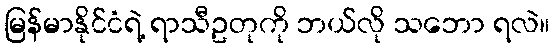
မြန်မာနိုင်ငံရဲ့ ရာသီဥတုကို ဘယ်လို သဘော ရလဲ။